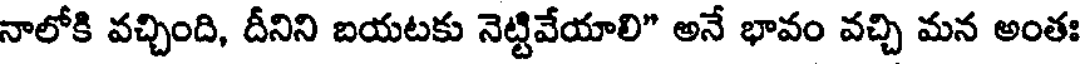
నాలోకి వచ్చింది, దీనిని బయటకు నెట్టివేయాలి" అనే భావం వచ్చి మన అంతః